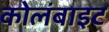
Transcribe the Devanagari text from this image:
कोलंबाइट